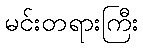
မင်းတရားကြီး